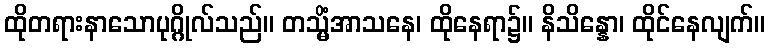
ထိုတရားနာသောပုဂ္ဂိုလ်သည်။ တသ္မိံအာသနေ၊ ထိုနေရာ၌။ နိသိန္နော၊ ထိုင်နေလျက်။